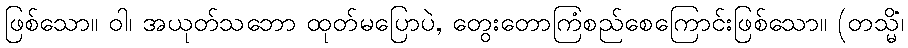
ဖြစ်သော။ ဝါ၊ အယုတ်သဘော ထုတ်မပြောပဲ, တွေးတောကြံစည်စေကြောင်းဖြစ်သော။ (တသ္မိံ၊